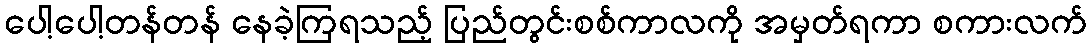
ပေါ့ပေါ့တန်တန် နေခဲ့ကြရသည့် ပြည်တွင်းစစ်ကာလကို အမှတ်ရကာ စကားလက်